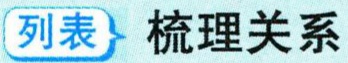
列表 梳理关系